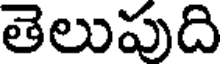
తెలుపుది